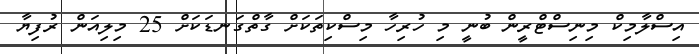
އިސްލާމިކް މިނިސްޓްރީން ބުނީ މި ހުރިހާ މިސްކިތަކަށް ގާތްގަނޑަކަށް 25 މިލިއަން ރުފިޔާ